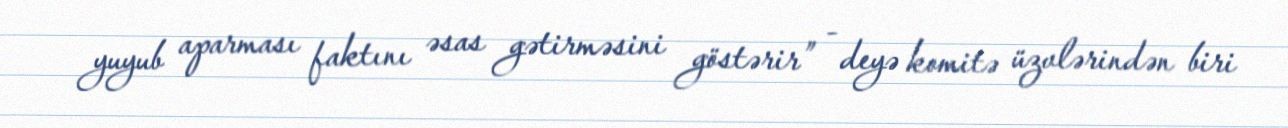
yuyub aparması faktını əsas gətirməsini göstərir” - deyə komitə üzvlərindən biri